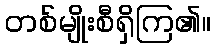
တစ်မျိုးစီရှိကြ၏။